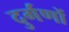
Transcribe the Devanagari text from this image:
दुर्गणों